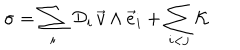
\sigma = \sum _ { i } \, { \cal D } _ { i } \, { \vec { v } } \wedge { \vec { e } } _ { i } + \sum _ { i < j } { \cal K }